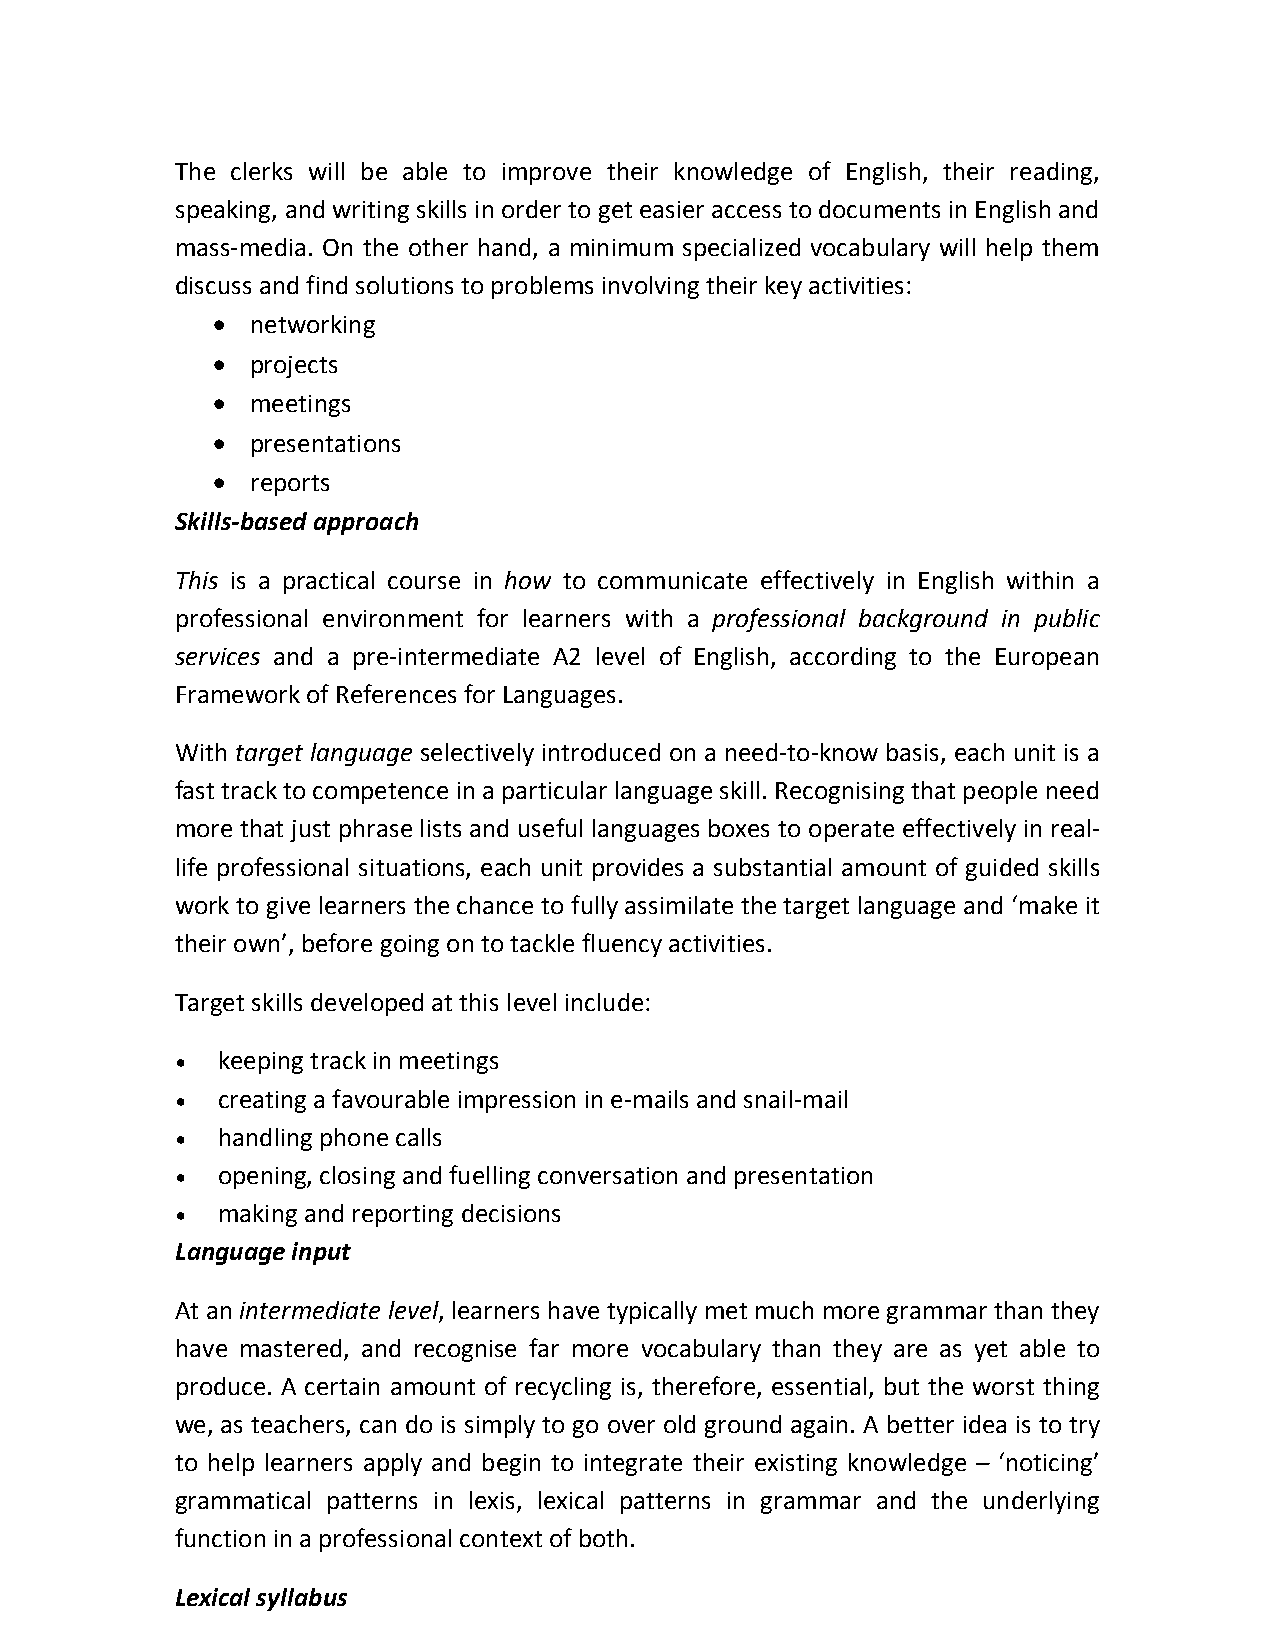
The clerks will be able to improve their knowledge of English, their reading,
 speaking, and writing skills in order to get easier access to documents in English and
 mass-media. On the other hand, a minimum specialized vocabulary will help them
 discuss and find solutions to problems involving their key activities:
 •  networking
 •  projects
 •  meetings
 •  presentations
 •  reports
 Skills-based approach
 This is a practical course in how to communicate effectively in English within a
 professional environment for learners with a professional background in public
 services and a pre-intermediate A2 level of English, according to the European
 Framework of References for Languages.
 With target language selectively introduced on a need-to-know basis, each unit is a
 fast track to competence in a particular language skill. Recognising that people need
 more that just phrase lists and useful languages boxes to operate effectively in real-
 life professional situations, each unit provides a substantial amount of guided skills
 work to give learners the chance to fully assimilate the target language and ‘make it
 their own’, before going on to tackle fluency activities.
 Target skills developed at this level include:
 • keeping track in meetings
 • creating a favourable impression in e-mails and snail-mail
 • handling phone calls
 • opening, closing and fuelling conversation and presentation
 • making and reporting decisions
 Language input
 At an intermediate level, learners have typically met much more grammar than they
 have mastered, and recognise far more vocabulary than they are as yet able to
 produce. A certain amount of recycling is, therefore, essential, but the worst thing
 we, as teachers, can do is simply to go over old ground again. A better idea is to try
 to help learners apply and begin to integrate their existing knowledge – ‘noticing’
 grammatical patterns in lexis, lexical patterns in grammar and the underlying
 function in a professional context of both.
 Lexical syllabus